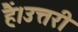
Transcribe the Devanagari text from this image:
हैं।उत्तरी